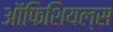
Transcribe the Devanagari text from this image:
ऑफिशियल्स